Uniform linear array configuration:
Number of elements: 8
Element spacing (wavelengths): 0.25
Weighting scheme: cosine
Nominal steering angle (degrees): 30
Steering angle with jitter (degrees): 29.705
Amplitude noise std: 0.05
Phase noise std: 0.05

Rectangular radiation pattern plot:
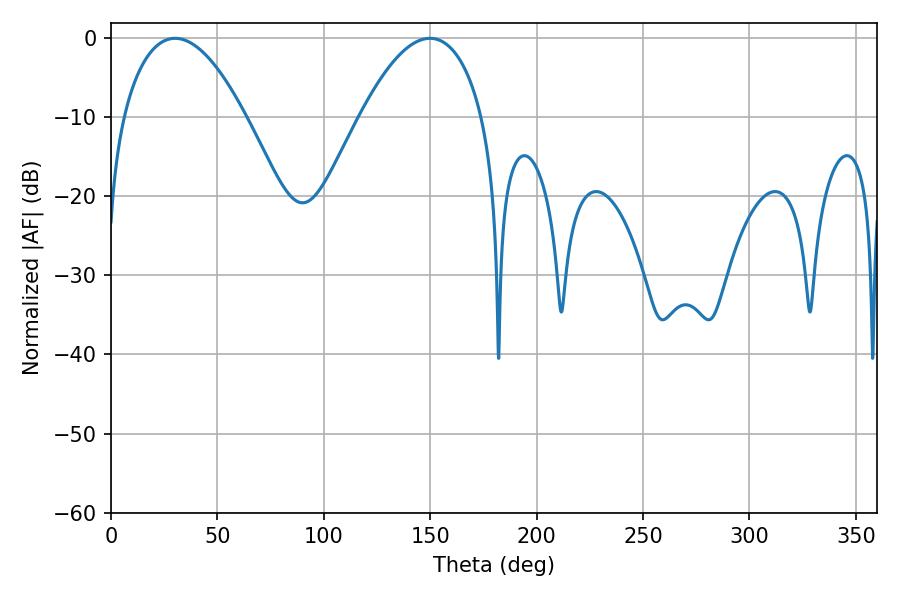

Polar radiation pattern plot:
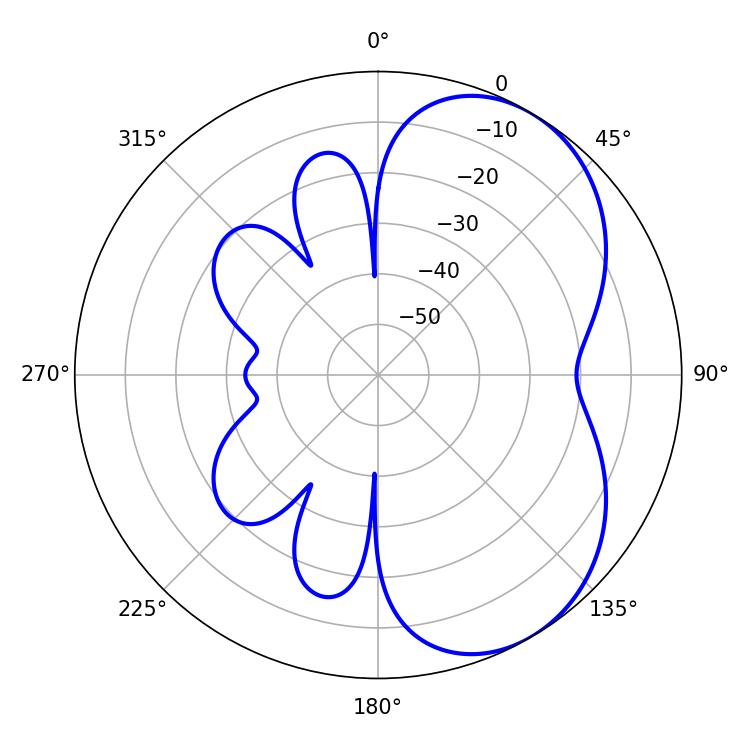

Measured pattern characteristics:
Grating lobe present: FALSE
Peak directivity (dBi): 5.07
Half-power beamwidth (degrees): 32.04
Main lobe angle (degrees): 30.06